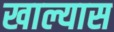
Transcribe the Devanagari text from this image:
खाल्यास